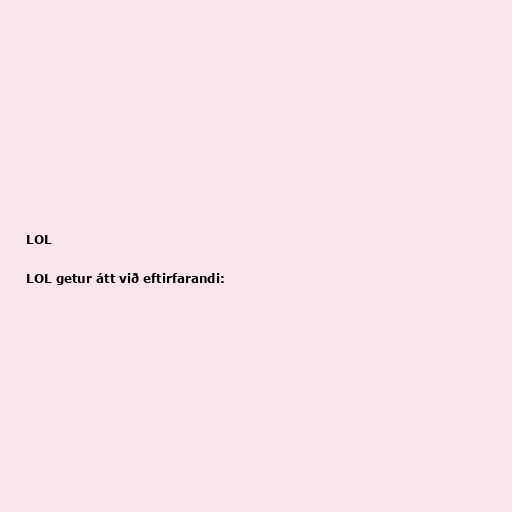
LOL

LOL getur átt við eftirfarandi: